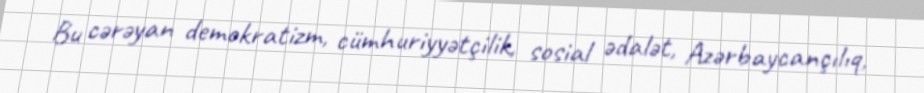
Bu cərəyan demokratizm, cümhuriyyətçilik, sosial ədalət, Azərbaycançılıq,